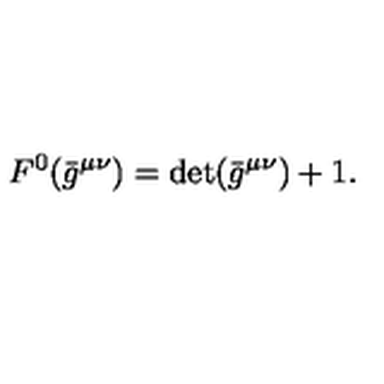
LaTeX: { } F ^ { 0 } ( \bar { g } ^ { \mu \nu } ) = \det ( \bar { g } ^ { \mu \nu } ) + 1 .